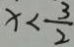
x < \frac { 3 } { 2 }